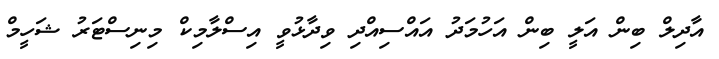
އާދިލް ބިން އަލީ ބިން އަހުމަދު އައްސިއްދި ވިދާޅުވީ އިސްލާމިކް މިނިސްޓަރު ޝަހީމް